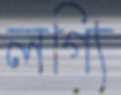
লগ্যি